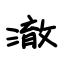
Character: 澈